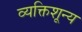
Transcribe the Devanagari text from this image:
व्यक्तिशून्य